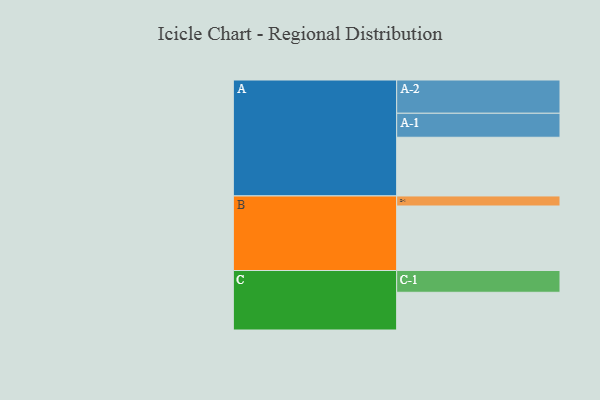
{"axis": {"x": "Segment", "y": "Value"}, "legend": ["", "A", "B", "C"], "data": [{"x": "A", "y": 526, "type": ""}, {"x": "B", "y": 578, "type": ""}, {"x": "C", "y": 338, "type": ""}, {"x": "A-1", "y": 215, "type": "A"}, {"x": "A-2", "y": 298, "type": "A"}, {"x": "B-1", "y": 90, "type": "B"}, {"x": "C-1", "y": 195, "type": "C"}]}